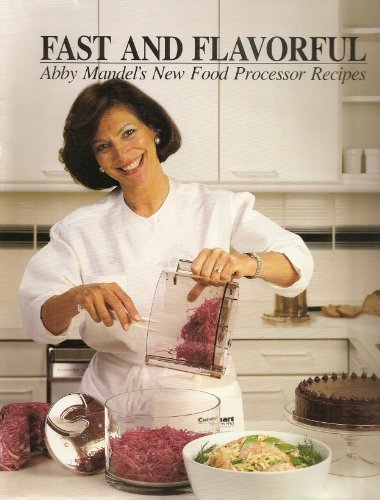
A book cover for Fast and Flavorful New Food Processor Recipes; Abbey Mandel; Cookbooks, Food & Wine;